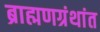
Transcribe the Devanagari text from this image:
ब्राह्मणग्रंथांत